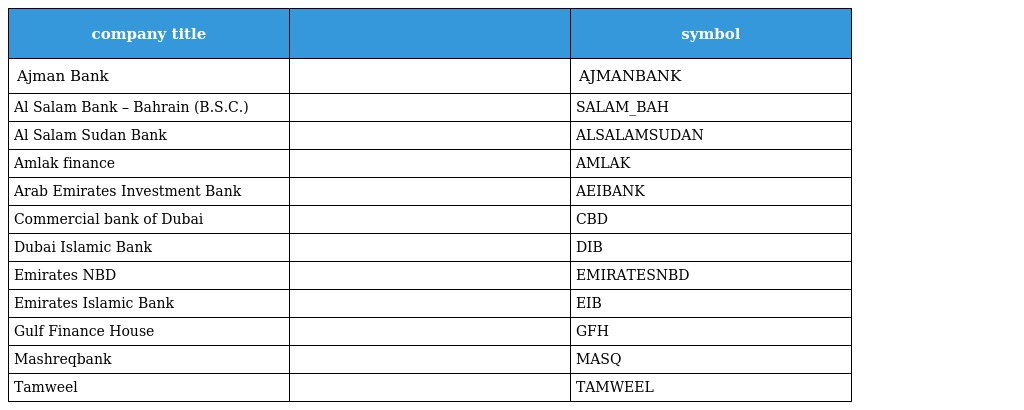
| company title |  | symbol |
 | --- | --- | --- |
 | Ajman Bank |  | AJMANBANK |
 | Al Salam Bank – Bahrain (B.S.C.) |  | SALAM_BAH |
 | Al Salam Sudan Bank |  | ALSALAMSUDAN |
 | Amlak finance |  | AMLAK |
 | Arab Emirates Investment Bank |  | AEIBANK |
 | Commercial bank of Dubai |  | CBD |
 | Dubai Islamic Bank |  | DIB |
 | Emirates NBD |  | EMIRATESNBD |
 | Emirates Islamic Bank |  | EIB |
 | Gulf Finance House |  | GFH |
 | Mashreqbank |  | MASQ |
 | Tamweel |  | TAMWEEL |